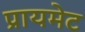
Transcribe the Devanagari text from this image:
प्रायमेट